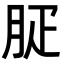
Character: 𦙬